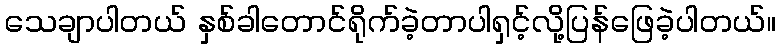
သေချာပါတယ် နှစ်ခါတောင်ရိုက်ခဲ့တာပါရှင့်လို့ပြန်ဖြေခဲ့ပါတယ်။